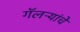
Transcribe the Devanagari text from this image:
गॅलऱ्यांचे